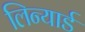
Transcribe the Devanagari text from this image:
लिन्यार्ड